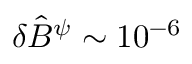
\delta \hat { B } ^ { \psi } \sim 1 0 ^ { - 6 }